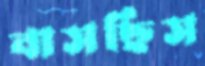
বাসছিস